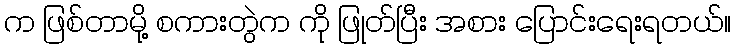
က ဖြစ်တာမို့ စကားတွဲက ကို ဖြုတ်ပြီး အစား ပြောင်းရေးရတယ်။